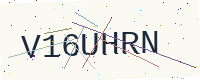
Text: V16UHRN